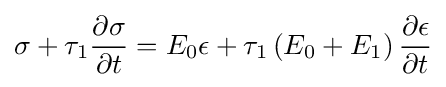
\sigma +\tau _{1}{\frac {\partial {\sigma }}{\partial {t}}}=E_{0}\epsilon +\tau _{1}\left({E_{0}+E_{1}}\right){\frac {\partial {\epsilon }}{\partial {t}}}